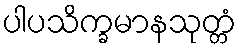
ပါပသိက္ခမာနသုတ္တံ